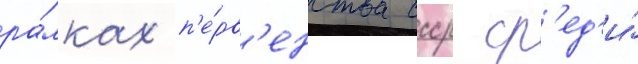
ра́мках п'е́рв'енства ссср ср'ед'и́